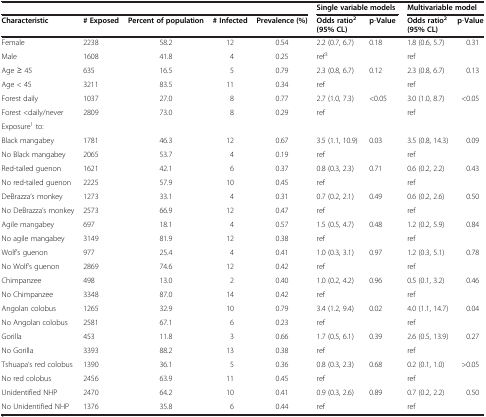
<table><thead><tr><td colspan="5"><b> </b></td><td colspan="2"><b>Single variable models</b></td><td colspan="2"><b>Multivariable model</b></td></tr><tr><td><b>Characteristic</b></td><td><b># Exposed</b></td><td><b>Percent of population</b></td><td><b># Infected</b></td><td><b>Prevalence (%)</b></td><td><b>Odds ratio<sup>2 </sup>(95% CL)</b></td><td><b>p-Value</b></td><td><b>Odds ratio<sup>2 </sup>(95% CL)</b></td><td><b>p-Value</b></td></tr></thead><tbody><tr><td>Female</td><td>2238</td><td>58.2</td><td>12</td><td>0.54</td><td>2.2 (0.7, 6.7)</td><td rowspan="2">0.18</td><td>1.8 (0.6, 5.7)</td><td rowspan="2">0.31</td></tr><tr><td>Male</td><td>1608</td><td>41.8</td><td>4</td><td>0.25</td><td>ref<sup>3</sup></td><td>ref</td></tr><tr><td>Age ≥ 45</td><td>635</td><td>16.5</td><td>5</td><td>0.79</td><td>2.3 (0.8, 6.7)</td><td rowspan="2">0.12</td><td>2.3 (0.8, 6.7)</td><td rowspan="2">0.13</td></tr><tr><td>Age &lt; 45</td><td>3211</td><td>83.5</td><td>11</td><td>0.34</td><td>ref</td><td>ref</td></tr><tr><td>Forest daily</td><td>1037</td><td>27.0</td><td>8</td><td>0.77</td><td>2.7 (1.0, 7.3)</td><td rowspan="2">&lt;0.05</td><td>3.0 (1.0, 8.7)</td><td rowspan="2">&lt;0.05</td></tr><tr><td>Forest &lt;daily/never</td><td>2809</td><td>73.0</td><td>8</td><td>0.29</td><td>ref</td><td>ref</td></tr><tr><td colspan="9">Exposure<sup>1</sup> to:</td></tr><tr><td>Black mangabey</td><td>1781</td><td>46.3</td><td>12</td><td>0.67</td><td>3.5 (1.1, 10.9)</td><td rowspan="2">0.03</td><td>3.5 (0.8, 14.3)</td><td rowspan="2">0.09</td></tr><tr><td>No Black mangabey</td><td>2065</td><td>53.7</td><td>4</td><td>0.19</td><td>ref</td><td>ref</td></tr><tr><td>Red-tailed guenon</td><td>1621</td><td>42.1</td><td>6</td><td>0.37</td><td>0.8 (0.3, 2.3)</td><td rowspan="2">0.71</td><td>0.6 (0.2, 2.2)</td><td rowspan="2">0.43</td></tr><tr><td>No red-tailed guenon</td><td>2225</td><td>57.9</td><td>10</td><td>0.45</td><td>ref</td><td>ref</td></tr><tr><td>DeBrazza’s monkey</td><td>1273</td><td>33.1</td><td>4</td><td>0.31</td><td>0.7 (0.2, 2.1)</td><td rowspan="2">0.49</td><td>0.6 (0.2, 2.6)</td><td rowspan="2">0.50</td></tr><tr><td>No DeBrazza’s monkey</td><td>2573</td><td>66.9</td><td>12</td><td>0.47</td><td>ref</td><td>ref</td></tr><tr><td>Agile mangabey</td><td>697</td><td>18.1</td><td>4</td><td>0.57</td><td>1.5 (0.5, 4.7)</td><td rowspan="2">0.48</td><td>1.2 (0.2, 5.9)</td><td rowspan="2">0.84</td></tr><tr><td>No agile mangabey</td><td>3149</td><td>81.9</td><td>12</td><td>0.38</td><td>ref</td><td>ref</td></tr><tr><td>Wolf’s guenon</td><td>977</td><td>25.4</td><td>4</td><td>0.41</td><td>1.0 (0.3, 3.1)</td><td rowspan="2">0.97</td><td>1.2 (0.3, 5.1)</td><td rowspan="2">0.78</td></tr><tr><td>No Wolf’s guenon</td><td>2869</td><td>74.6</td><td>12</td><td>0.42</td><td>ref</td><td>ref</td></tr><tr><td>Chimpanzee</td><td>498</td><td>13.0</td><td>2</td><td>0.40</td><td>1.0 (0.2, 4.2)</td><td rowspan="2">0.96</td><td>0.5 (0.1, 3.2)</td><td rowspan="2">0.46</td></tr><tr><td>No Chimpanzee</td><td>3348</td><td>87.0</td><td>14</td><td>0.42</td><td>ref</td><td>ref</td></tr><tr><td>Angolan colobus</td><td>1265</td><td>32.9</td><td>10</td><td>0.79</td><td>3.4 (1.2, 9.4)</td><td rowspan="2">0.02</td><td>4.0 (1.1, 14.7)</td><td rowspan="2">0.04</td></tr><tr><td>No Angolan colobus</td><td>2581</td><td>67.1</td><td>6</td><td>0.23</td><td>ref</td><td>ref</td></tr><tr><td>Gorilla</td><td>453</td><td>11.8</td><td>3</td><td>0.66</td><td>1.7 (0.5, 6.1)</td><td rowspan="2">0.39</td><td>2.6 (0.5, 13.9)</td><td rowspan="2">0.27</td></tr><tr><td>No Gorilla</td><td>3393</td><td>88.2</td><td>13</td><td>0.38</td><td>ref</td><td>ref</td></tr><tr><td>Tshuapa’s red colobus</td><td>1390</td><td>36.1</td><td>5</td><td>0.36</td><td>0.8 (0.3, 2.3)</td><td rowspan="2">0.68</td><td>0.2 (0.1, 1.0)</td><td rowspan="2">&gt;0.05</td></tr><tr><td>No red colobus</td><td>2456</td><td>63.9</td><td>11</td><td>0.45</td><td>ref</td><td>ref</td></tr><tr><td>Unidentified NHP</td><td>2470</td><td>64.2</td><td>10</td><td>0.41</td><td>0.9 (0.3, 2.6)</td><td rowspan="2">0.89</td><td>0.7 (0.2, 2.2)</td><td rowspan="2">0.50</td></tr><tr><td>No Unidentified NHP</td><td>1376</td><td>35.8</td><td>6</td><td>0.44</td><td>ref</td><td>ref</td></tr></tbody></table>